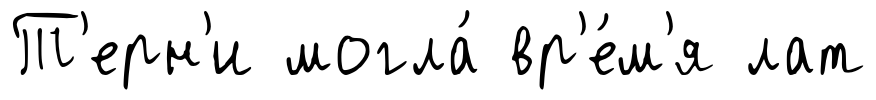
Т'ерн'и могла́ вр'е́м'я лат